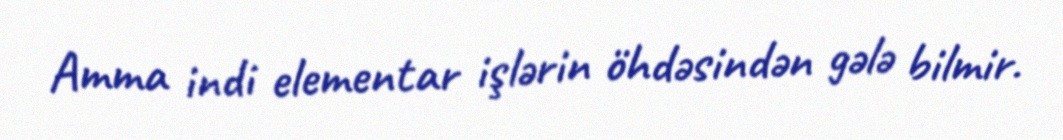
Amma indi elementar işlərin öhdəsindən gələ bilmir.